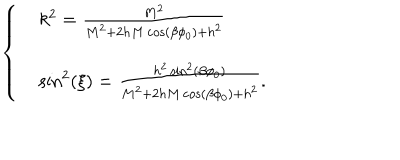
LaTeX: \left\{ \begin{array} { l l } { { } } & { { k ^ { 2 } = \frac { M ^ { 2 } } { M ^ { 2 } + 2 h M \cos ( \beta \phi _ { 0 } ) + h ^ { 2 } } } } \\ { { } } & { { \sin ^ { 2 } ( \xi ) = \frac { h ^ { 2 } \sin ^ { 2 } ( \beta \phi _ { 0 } ) } { M ^ { 2 } + 2 h M \cos ( \beta \phi _ { 0 } ) + h ^ { 2 } } . } } \\ \end{array} \right.